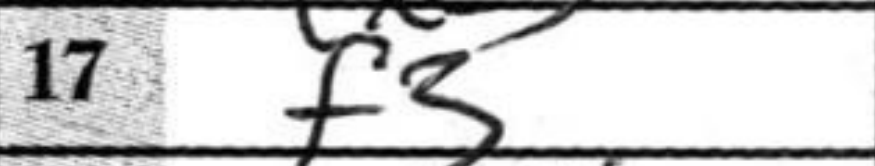
Transcription: f3